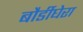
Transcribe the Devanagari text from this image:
बौर्डीघेरा